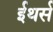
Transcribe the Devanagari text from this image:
ईथर्स